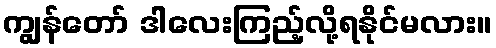
ကျွန်တော် ဒါလေးကြည့်လို့ရနိုင်မလား။